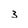
Character: 3